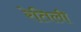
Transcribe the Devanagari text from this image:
रेतिली